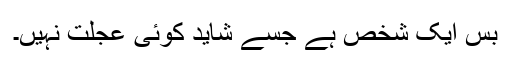
بس ایک شخص ہے جسے شاید کوئی عجلت نہیں۔